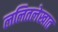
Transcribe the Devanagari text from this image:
ललितलेखात